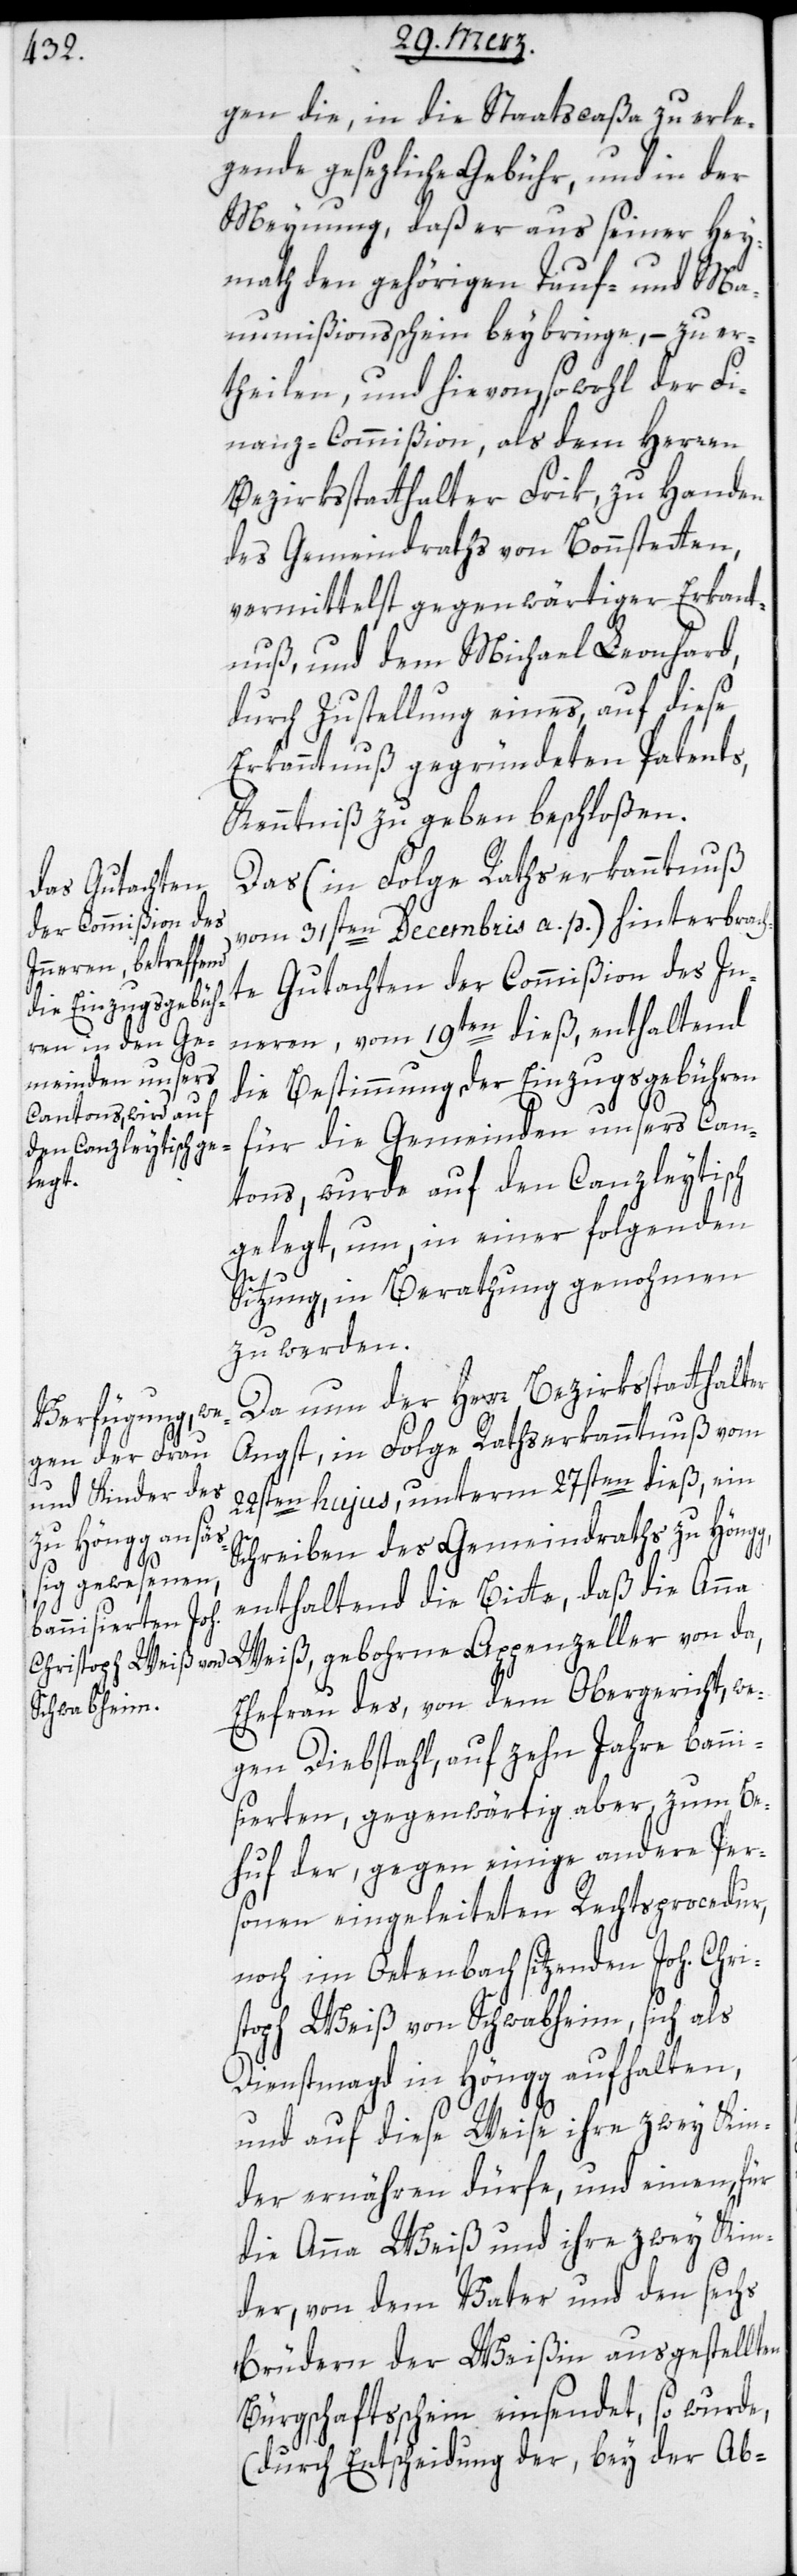
gen die, in die Staatscaßa zu erle¬
gende gesezliche Gebühr, und in der
Meynung, daß er aus seiner Hey¬
math den gehörigen Tauf- und Man¬
umißionsschein beybringe, – zu er¬
theilen, und hievon sowohl der Fi¬
nanz-Commißion, als dem Herren
Bezirksstatthalter Frik, zu Handen
des Gemeindraths von Bonstetten,
vermittelst gegenwärtiger Erkannt¬
nuß und dem Michael Leonhard,
durch Zustellung eines, auf diese
Erkanntnuß gegründeten Patents,
Kenntniß zu geben beschloßen.
Das (in Folge Rathserkanntnuß
vom 31sten Decembris a. p.) hinterbrach¬
te Gutachten der Commißion des In¬
neren, vom 19ten dieß, enthaltend
die Bestimmung der Einzugsgebühren
für die Gemeinden unsers Can¬
tons, wurde auf den Canzleytisch
gelegt, um in einer folgenden
Sitzung, in Berathung genohmen
zu werden.
Da nun der Herr Bezirkstatthalter
Angst, in Folge Rathserkanntnuß vom
22sten hujus, unterm 27sten dieß, ein
Schreiben des Gemeindraths zu Höngg,
enthaltend die Bitte, daß die Anna
Weiß, gebohrne Appenzeller von da,
Ehefrau des, von dem Obergericht, we¬
gen Diebstahl, auf zehn Jahre banni¬
sierten, gegenwärtig aber zum Be¬
huf der, gegen einige andere Per¬
sonen eingeleiteten Rechtsprocedur,
noch im Oetenbach sitzenden Joh. Chri¬
stoph Weiß von Schwabheim, sich als
Dienstmagd in Höngg aufhalten,
und auf diese Weise ihre zwey Kin¬
der ernähren dürfe, und einen, für
die Anna Weiß und ihre zwey Kin¬
der, von dem Vater und den sechs
Brüdern der Weißin ausgestellten
Bürgschaftsschein einsendet, so wurde,
(durch Entscheidung der, bey der Ab-